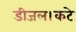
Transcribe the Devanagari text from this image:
डीजल।कटे